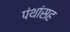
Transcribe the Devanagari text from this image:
पंथांसह